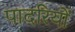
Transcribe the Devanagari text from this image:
पादरियों